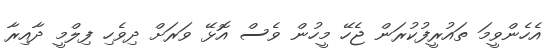
އެހެންވީމަ ތައުރީފުކުރަން ޖެހޭ މީހުން ވެސް އޮޅޭ ވަރަށް ދިވެހި ފިލްމީ ދާއިރާ